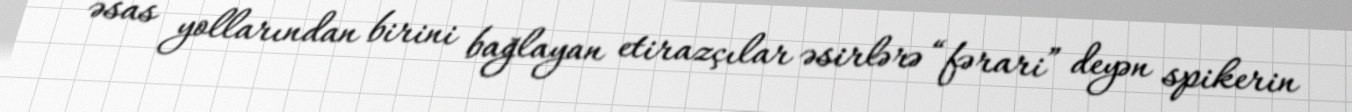
əsas yollarından birini bağlayan etirazçılar əsirlərə “fərari” deyən spikerin